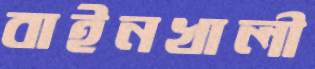
বাইনখালী